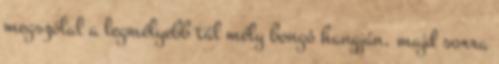
megszólal a legmélyebb tál mély bongó hangján, majd sorra